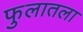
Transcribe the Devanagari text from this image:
फुलातला